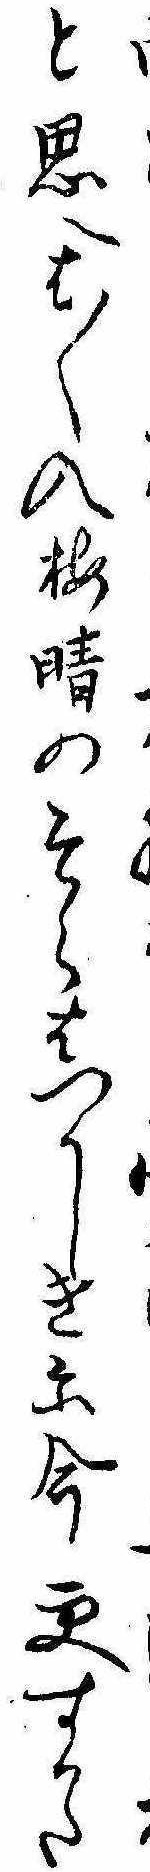
と思へは〱入梅晴のそらはつかしきに今更すかた